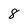
Character: 8